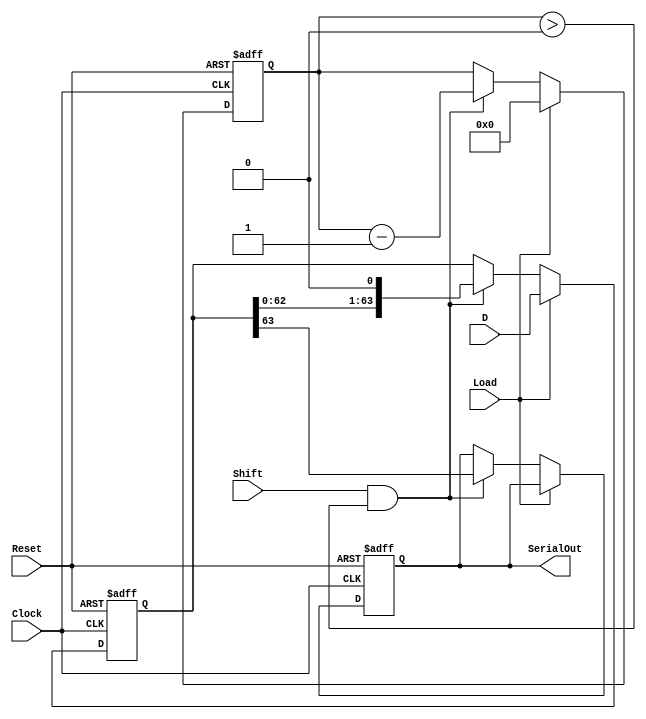
module PISO_Register (
    input wire [63:0] D,        // 64-bit parallel input data
    input wire Load,            // Load control signal
    input wire Shift,           // Shift control signal
    input wire Clock,           // Clock signal
    input wire Reset,           // Asynchronous reset signal
    output reg SerialOut        // Serial output
);

    reg [63:0] shift_reg;       // Internal shift register to hold the data
    reg [5:0] bit_count;        // Counter to track the number of bits shifted out

    always @(posedge Clock or posedge Reset) begin
        if (Reset) begin
            // Reset the shift register and output
            shift_reg <= 64'b0;
            SerialOut <= 1'b0;
            bit_count <= 6'b0;
        end else begin
            if (Load) begin
                // Load data into the shift register
                shift_reg <= D;
                bit_count <= 6'd64; // Set bit count to 64 when loading
            end else if (Shift && bit_count > 0) begin
                // Shift data out serially
                SerialOut <= shift_reg[63]; // Output the MSB
                shift_reg <= shift_reg << 1; // Shift left
                bit_count <= bit_count - 1; // Decrement bit count
            end
        end
    end

endmodule